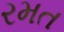
રમત